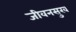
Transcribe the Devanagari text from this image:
जीवनसुख